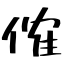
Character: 傕